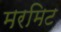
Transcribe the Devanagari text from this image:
मरमिट